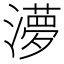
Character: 𭲿